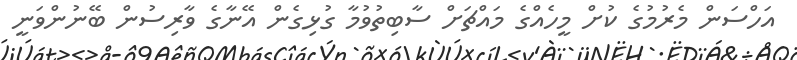
އަހްސަން މެރުމުގެ ކުށް މީހެއްގެ މައްޗަށް ސާބިތުވުމާ ގުޅިގެން އޭނާގެ ވާރިސުން ބޭނުންވަނީ